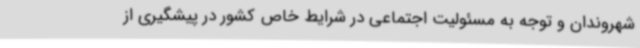
شهروندان و توجه به مسئولیت اجتماعی در شرایط خاص کشور در پیشگیری از